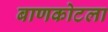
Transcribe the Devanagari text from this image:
बाणकोटला